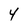
Character: 4